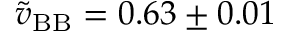
\tilde { v } _ { \mathrm { B B } } = 0 . 6 3 \pm 0 . 0 1